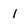
Character: 1